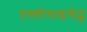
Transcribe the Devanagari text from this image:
एस्कोमाइसेट्स